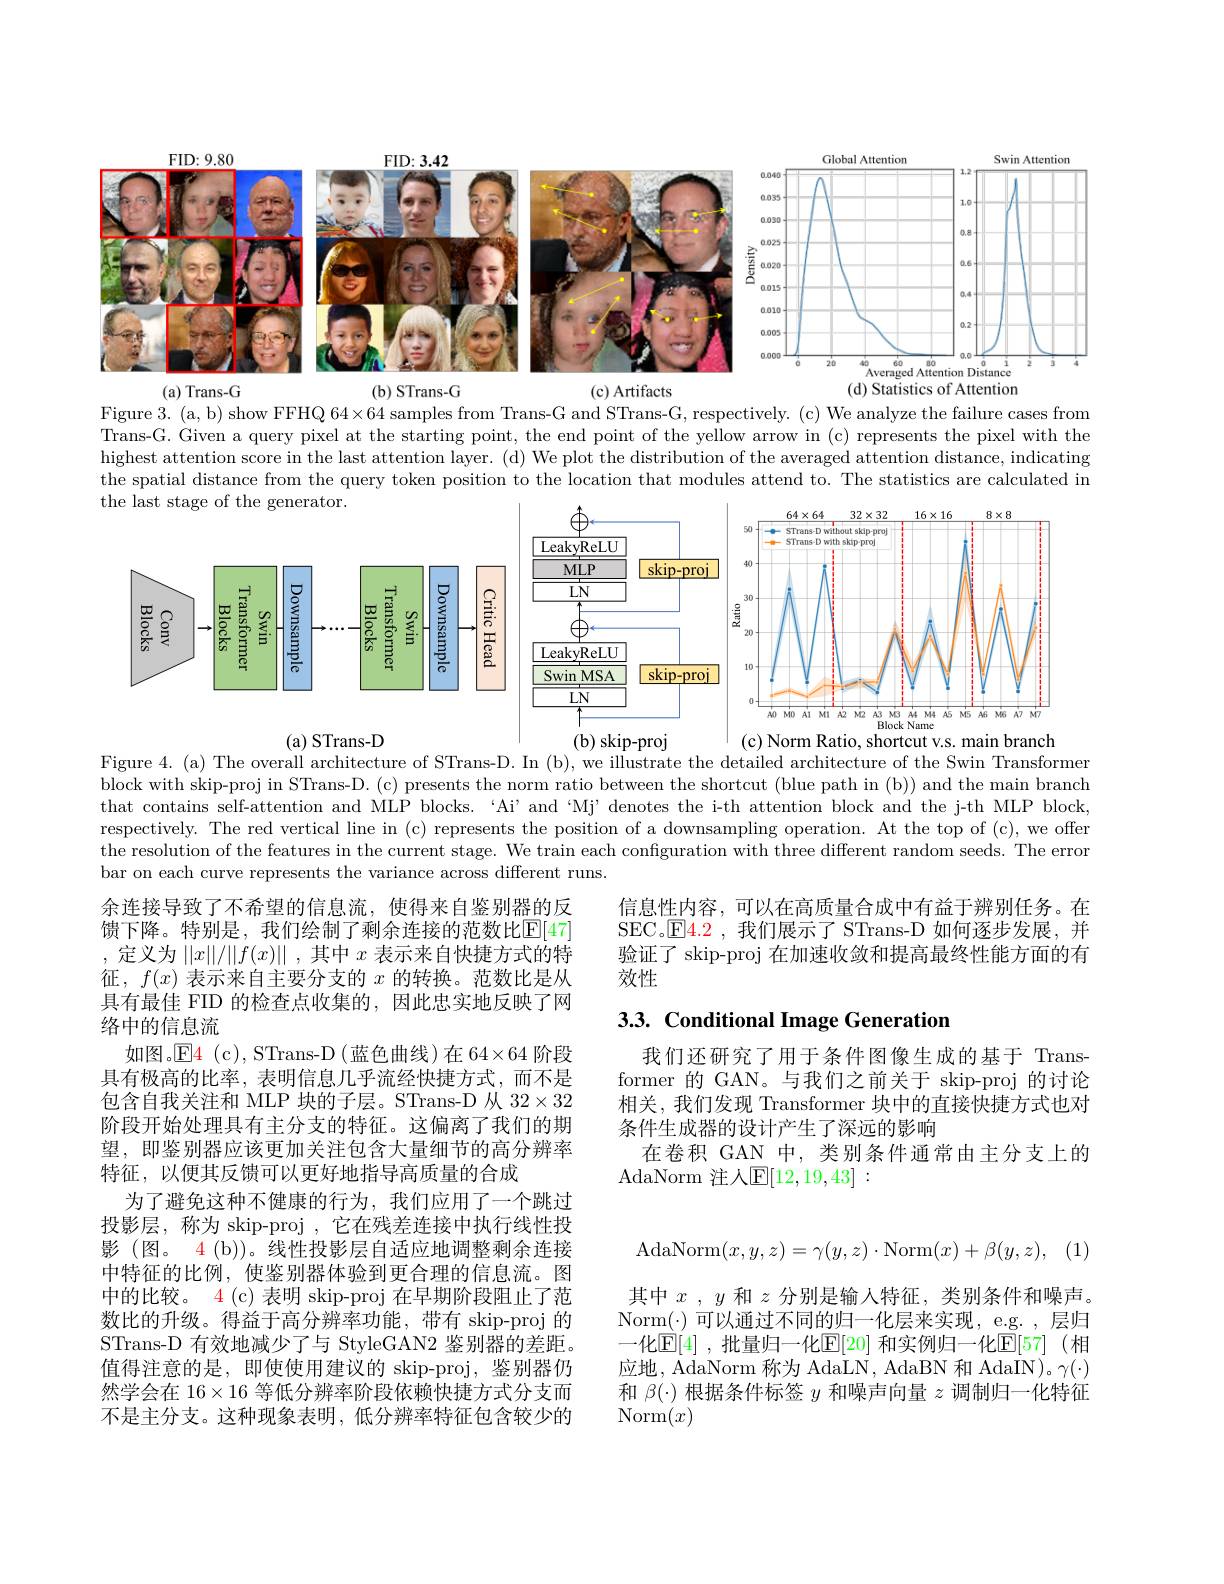
<FigureHere>
(d) Statistics of Attention
(a) Trans-G
(b) STrans-G
(c) Artifacts

Figure 3. (a, b) show FFHQ 64×64 samples from Trans-G and STrans-G, respectively. (c) We analyze the failure cases from Trans-G. Given a query pixel at the starting point, the end point of the yellow arrow in (c) represents the pixel with the highest attention score in the last attention layer. (d) We plot the distribution of the averaged attention distance, indicating the spatial distance from the query token position to the location that modules attend to. The statistics are calculated in

<FigureHere>

Figure 4. (a) The overall architecture of STrans-D. In (b), we illustrate the detailed architecture of the Swin Transformer block with skip-proj in STrans-D. (c) presents the norm ratio between the shortcut (blue path in (b)) and the main branch that contains self-attention and MLP blocks. ‘Ai’and‘Mj’denotes the i-th attention block and the j-th MLP block, respectively. The red vertical line in (c) represents the position of a downsampling operation. At the top of (c), we offer the resolution of the features in the current stage. We train each configuration with three different random seeds. The error bar on each curve represents the variance across different runs.

信息性内容，可以在高质量合成中有益于辨别任务。在SEC。$\boxed{\mathrm{F4.2~,~我们展示了~STrans-D~如何逐步发展，~并}}$ 验证了 skip-proj 在加速收敛和提高最终性能方面的有效性

# 3.3. Conditional Image Generation

我们还研究了用于条件图像生成的基于 Transformer 的 GAN。与我们之前关于 skip-proj 的讨论相关，我们发现 Transformer 块中的直接快捷方式也对条件生成器的设计产生了深远的影响
在卷积 GAN 中，类别条件通常由主分支上的
$\operatorname{AdaNorm}$ 注人$\operatorname{E}[12,19,43]:$

余连接导致了不希望的信息流，使得来自鉴别器的反馈下降。特别是，我们绘制了剩余连接的范数比$\mathbb{E}[47]$ ,定义为$||x||/||f(x)||$,其中$x$ 表示来自快捷方式的特征，$f(x)$表示来自主要分支的$x$的转换。范数比是从具有最佳 FID 的检查点收集的，因此忠实地反映了网络中的信息流
如图。$\operatorname{E4}$(c), STrans-D(蓝色曲线)在 64×64 阶段具有极高的比率，表明信息几乎流经快捷方式，而不是包含自我关注和 MLP 块的子层。STrans-D 从 32$\times32$ 阶段开始处理具有主分支的特征。这偏离了我们的期望，即鉴别器应该更加关注包含大量细节的高分辨率特征，以便其反馈可以更好地指导高质量的合成
为了避免这种不健康的行为，我们应用了一个跳过投影层，称为 skip-proj , 它在残差连接中执行线性投影 (图。4 (b))。线性投影层自适应地调整剩余连接中特征的比例，使鉴别器体验到更合理的信息流。图中的比较。4 (c) 表明 skip-proj 在早期阶段阻止了范数比的升级。得益于高分辨率功能，带有 skip-proj 的STrans-D 有效地减少了与 StyleGAN2 鉴别器的差距。值得注意的是，即使使用建议的 skip-proj,鉴别器仍然学会在$16\times16$等低分辨率阶段依赖快捷方式分支而不是主分支。这种现象表明，低分辨率特征包含较少的
$$\mathrm{AdaNorm}(x,y,z)=\gamma(y,z)\cdot\mathrm{Norm}(x)+\beta(y,z),$$
其中$x$ , $y$和$z$分别是输入特征，类别条件和噪声。Norm($\cdot) 可以通过不同的归一化层来实现，e.g. , 层归$ 一化$\overline{\mathbb{E}}[4]$ ,批量归一化$\mathbb{E}[20]$ 和实例归一化$\mathbb{E}[57]$ (相应地，AdaNorm 称为 AdaLN, AdaBN 和 AdaIN)。$\gamma(\cdot)$ 和$\beta(\cdot)$根据条件标签$y$和噪声向量$z$调制归一化特征$\operatorname{Norm}(x)$